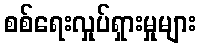
စစ်ရေးလှုပ်ရှားမှုများ